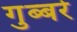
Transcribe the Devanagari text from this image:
गुब्बरे